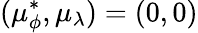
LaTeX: (\mu_{\phi}^{*},\mu_{\lambda})=(0,0)